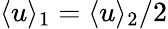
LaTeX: \langle u\rangle_{1}=\langle u\rangle_{2}/2